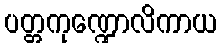
ပတ္တကုဏ္ဍောလိကာယ